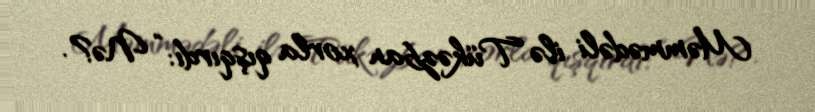
Məmmədəli ilə Tükəzban xorla qışqırdı: “Nə?.